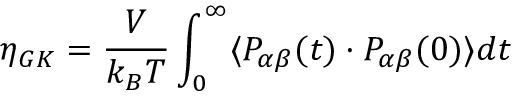
\eta _ { G K } = \frac { V } { k _ { B } T } \int _ { 0 } ^ { \infty } \langle P _ { \alpha \beta } ( t ) \cdot P _ { \alpha \beta } ( 0 ) \rangle d t